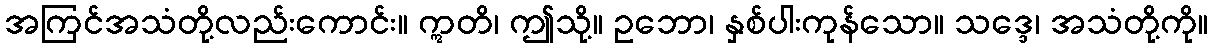
အကြင်အသံတို့လည်းကောင်း။ ဣတိ၊ ဤသို့။ ဥဘော၊ နှစ်ပါးကုန်သော။ သဒ္ဒေ၊ အသံတို့ကို။